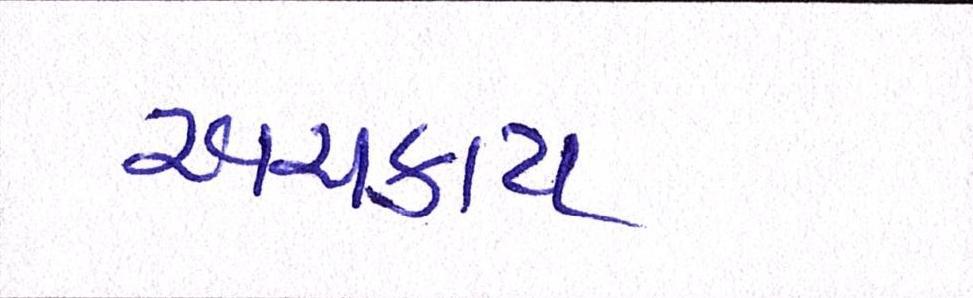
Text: અચકાય